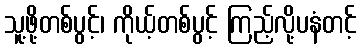
သူ့ဖို့တစ်ပွင့်၊ ကိုယ့်တစ်ပွင့် ကြည့်လို့ပနံတင့်